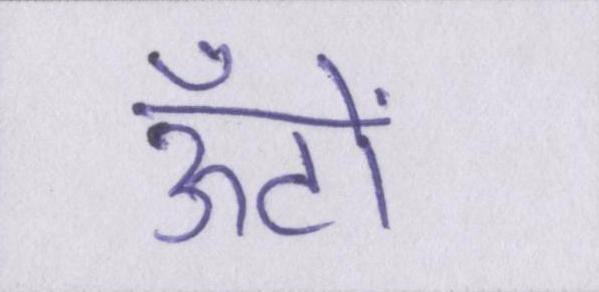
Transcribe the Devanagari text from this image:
ऊँटों